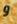
و